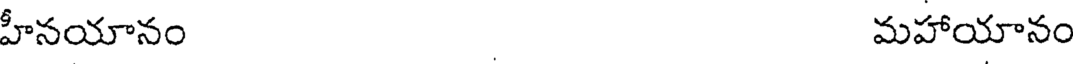
హీనయానం మహాయానం